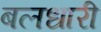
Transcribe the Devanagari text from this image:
बलधारी